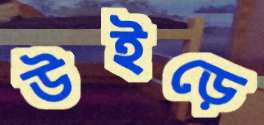
উইড়ে